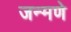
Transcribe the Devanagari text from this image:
जन्मणे